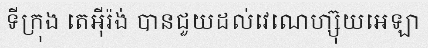
ទីក្រុង តេអ៊ីរ៉ង់ បានជួយដល់វេណេហ្ស៊ុយអេឡា